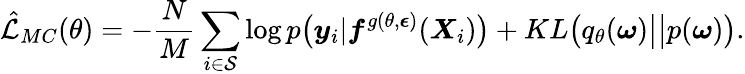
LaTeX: \hat{\mathcal{L}}_{MC}(\theta)=-\frac{N}{M}\sum_{i\in\mathcal{S}}\log p\big(\boldsymbol{y}_{i}|\boldsymbol{f}^{g(\theta,\boldsymbol{\epsilon})}(\boldsymbol{X}_{i})\big)+KL\big(q_{\theta}(\boldsymbol{\omega})\big|\big|p(\boldsymbol{\omega})\big).